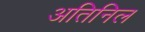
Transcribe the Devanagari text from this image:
अतिनिल